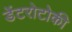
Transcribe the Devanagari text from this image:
डेंटरोटोकी